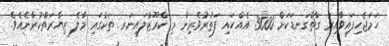
ހަމަޖެހިފައިވާއިރު ގާތްގަނޑަކަށް 3000 އެއްހައި ފަތުރުވެރިން މި ކްރޫޒްލައިނަރ ތަކުގައި މާލެ ޒިޔާރަތްކުރާނެއެވެ.